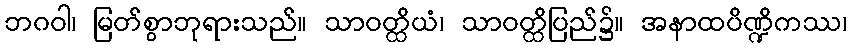
ဘဂဝါ၊ မြတ်စွာဘုရားသည်။ သာဝတ္ထိယံ၊ သာဝတ္ထိပြည်၌။ အနာထပိဏ္ဍိကဿ၊